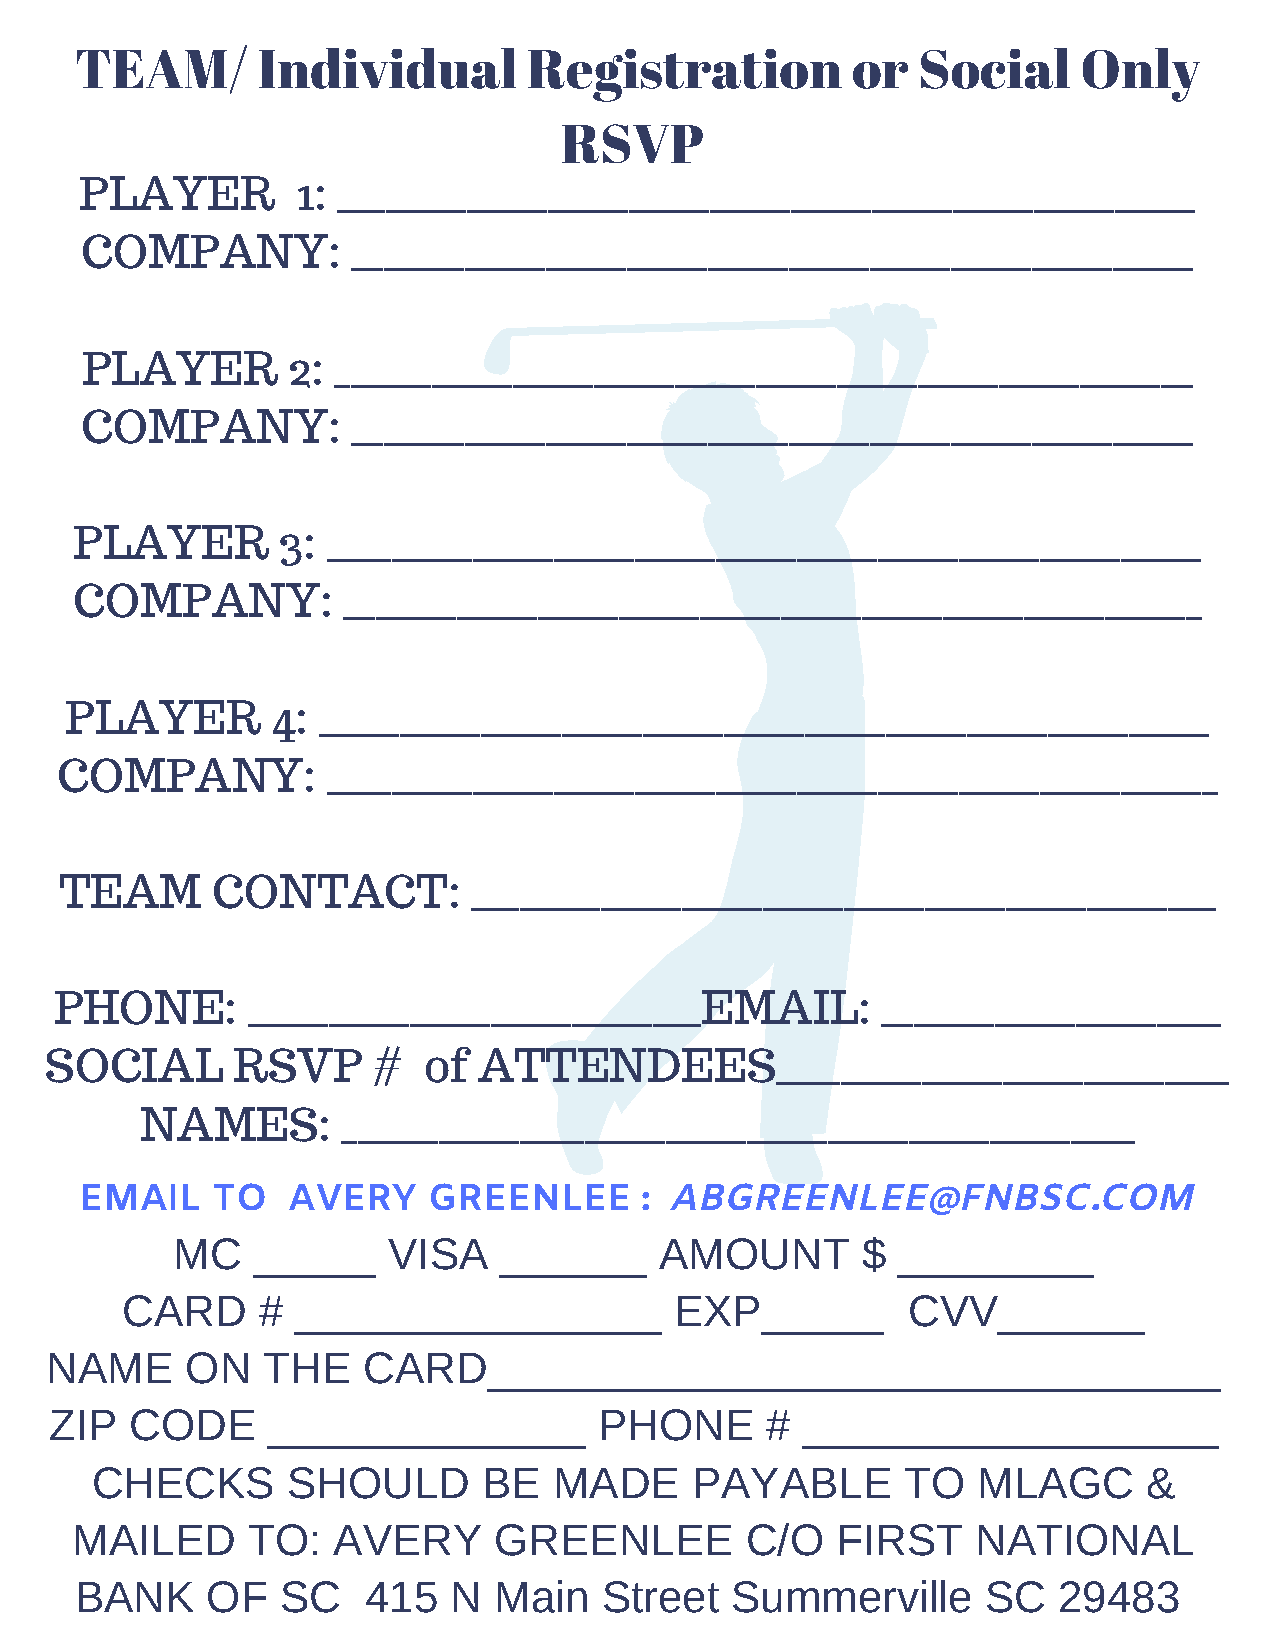
TEAM/       Individual        Registration         or   Social     Only
 RSVP
 PLAYER         1: _____________________________________________________
 COMPANY:          ____________________________________________________
 PLAYER        2: _____________________________________________________
 COMPANY:          ____________________________________________________
 PLAYER       3:  ______________________________________________________
 COMPANY:          _____________________________________________________
 PLAYER        4: _______________________________________________________
 COMPANY:          _______________________________________________________
 TEAM      CONTACT:         ______________________________________________
 PHONE:      ____________________________EMAIL:        _____________________
 SOCIAL      RSVP      #  of  ATTENDEES____________________________
 NAMES:        _________________________________________________
 EMAIL    TO   AVERY    GREENLEE      : ABGREENLEE@FNBSC.COM
 MC    _____    VISA   ______     AMOUNT       $ ________
 CARD     #  _______________          EXP_____       CVV______
 NAME     ON   THE    CARD______________________________
 ZIP   CODE     _____________         PHONE      # _________________
 CHECKS       SHOULD       BE   MADE     PAYABLE       TO   MLAGC      &
 MAILED     TO:   AVERY      GREENLEE        C/O   FIRST     NATIONAL
 BANK     OF   SC   415   N  Main   Street  Summerville      SC   29483